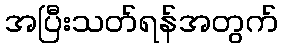
အပြီးသတ်ရန်အတွက်